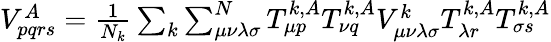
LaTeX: \begin{array}{r}{V_{pqrs}^{A}=\frac{1}{N_{k}}\sum_{k}\sum_{\mu\nu\lambda\sigma}^{N}T_{\mu p}^{k,A}T_{\nu q}^{k,A}V_{\mu\nu\lambda\sigma}^{k}T_{\lambda r}^{k,A}T_{\sigma s}^{k,A}}\end{array}